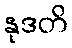
နုဒတိ